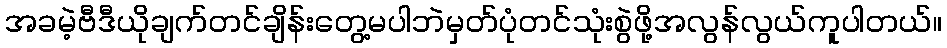
အခမဲ့ဗီဒီယိုချက်တင်ချိန်းတွေ့မပါဘဲမှတ်ပုံတင်သုံးစွဲဖို့အလွန်လွယ်ကူပါတယ်။